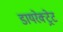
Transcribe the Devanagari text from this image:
डायरेक्ट्रेट